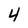
Character: 4